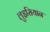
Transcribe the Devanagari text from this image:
लुइसियान